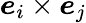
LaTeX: \boldsymbol{e}_{i}\times\boldsymbol{e}_{j}